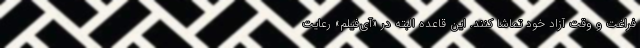
فراغت و وقت آزاد خود تماشا کنند. این قاعده البته در «آی‌فیلم» رعایت